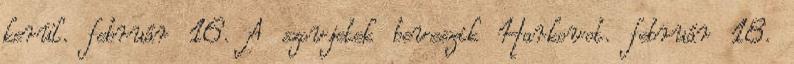
kerül. február 16. A szovjetek beveszik Harkovot. február 18.